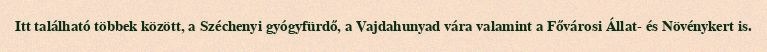
Itt található többek között, a Széchenyi gyógyfürdő, a Vajdahunyad vára valamint a Fővárosi Állat- és Növénykert is.